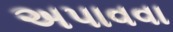
અપાવવા